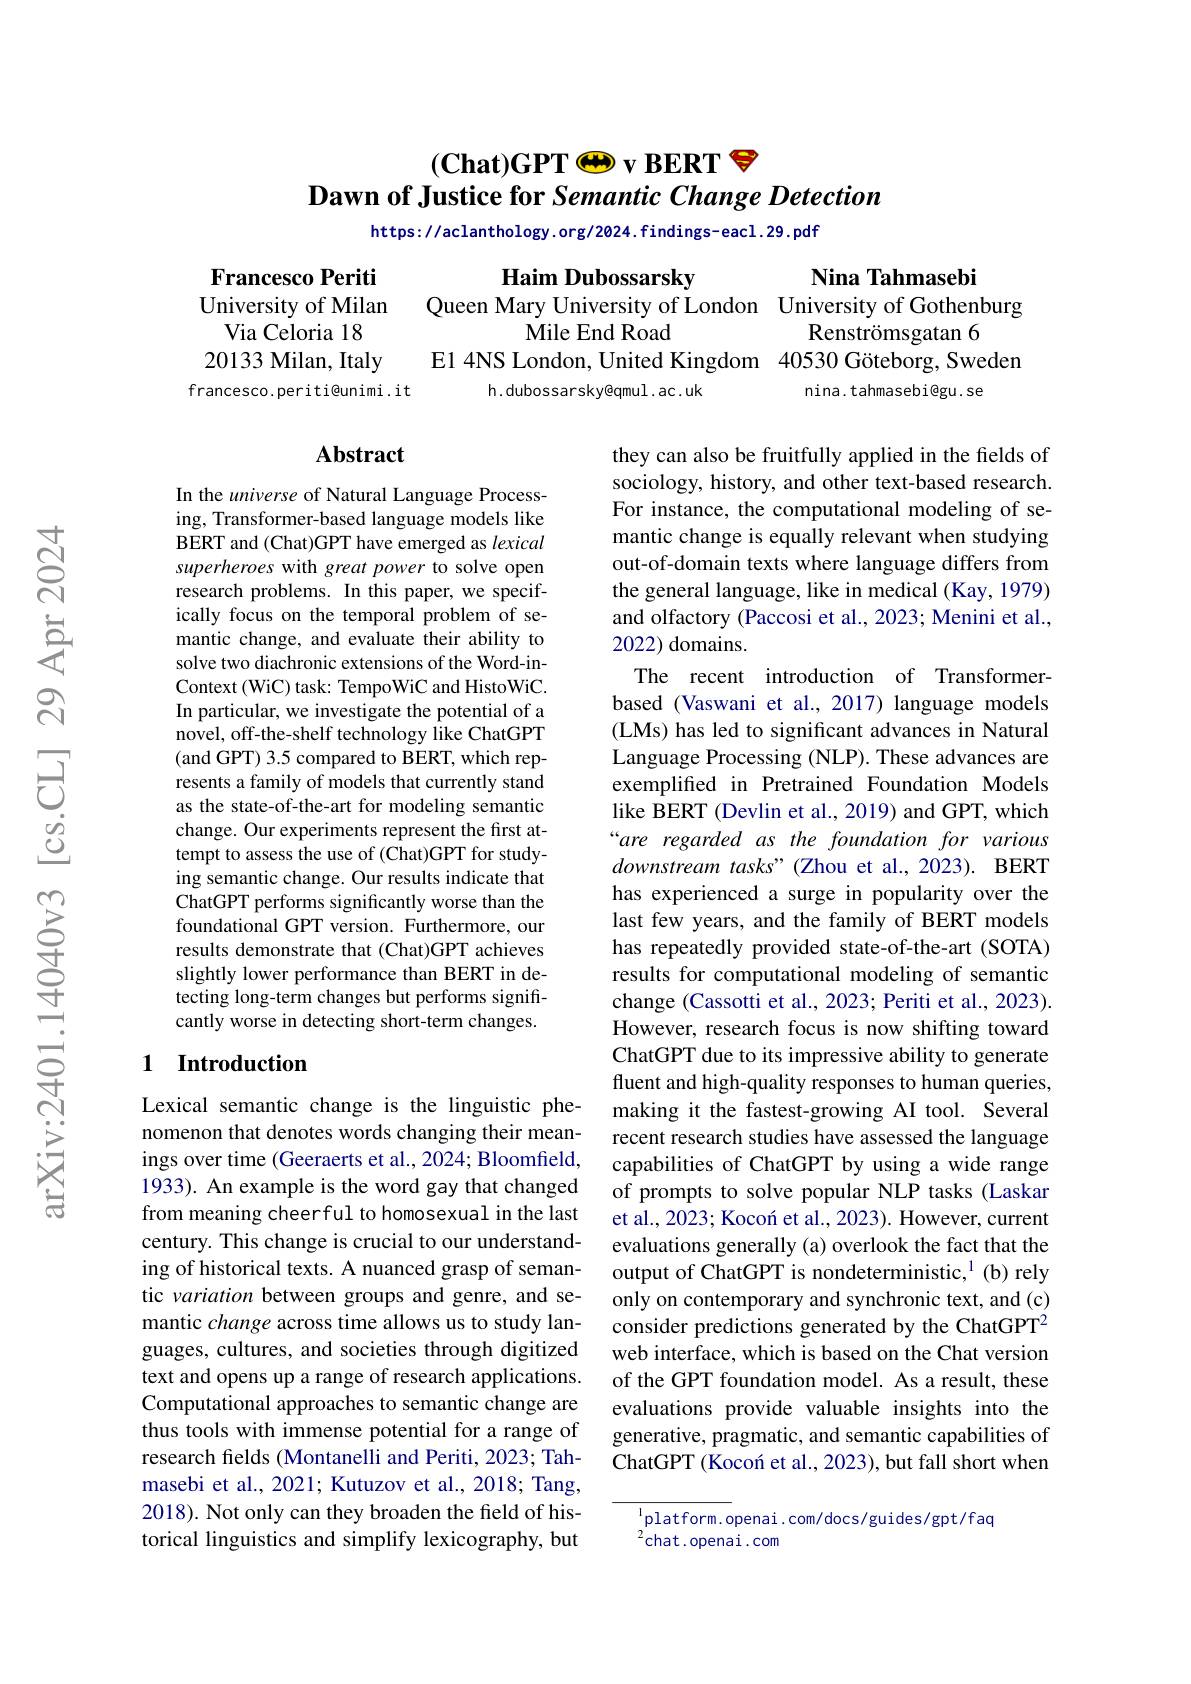
# $( \textbf{Chat) GPT}\textcircled {- }$v BERT $\mathscr{S}$ Dawn of Justice for Semantic Change Detection

https: / aclanthology. org/ 2024. findings- eacl . 29. pdf

Francesco Periti

Nina Tahmasebi
Queen Mary University of London University of Gothenburg

University of Milan

Via Celoria 18

Haim Dubossarsky
Mile End Road
Renströmsgatan 6
E1 4NS London, United Kingdom 40530 Göteborg, Sweden
francesco.periti@unimi.it
h.dubossarsky@qmul.ac.uk
nina.tahmasebi@gu.se

20133 Milan, Italy

## Abstract

In the universe of Natural Language Processing, Transformer-based language models like BERT and (Chat)GPT have emerged as lexical superheroes with great power to solve open research problems. In this paper, we specifically focus on the temporal problem of semantic change, and evaluate their ability to solve two diachronic extensions of the Word-inContext (WiC) task: TempoWiC and HistoWiC. In particular, we investigate the potential of a novel, off-the-shelf technology like ChatGPT (and GPT) 3.5 compared to BERT, which represents a family of models that currently stand as the state-of-the-art for modeling semantic change. Our experiments represent the first attempt to assess the use of (Chat)GPT for studying semantic change. Our results indicate that ChatGPT performs significantly worse than the foundational GPT version. Furthermore, our results demonstrate that (Chat)GPT achieves slightly lower performance than BERT in detecting long-term changes but performs significantly worse in detecting short-term changes.

they can also be fruitfully applied in the fields of sociology, history, and other text-based research. For instance, the computational modeling of semantic change is equally relevant when studying out-of-domain texts where language differs from the general language, like in medical (Kay, 1979) and olfactory (Paccosi et al., 2023; Menini et al., 2022) domains.
The recent introduction of Transformerbased (Vaswani et al., 2017) language models (LMs) has led to significant advances in Natural Language Processing (NLP). These advances are exemplified in Pretrained Foundation Models like BERT (Devlin et al., 2019) and GPT, which “are regarded as the foundation for various downstream tasks"(Zhou et al., 2023). BERT has experienced a surge in popularity over the last few years, and the family of BERT models has repeatedly provided state-of-the-art (SOTA) results for computational modeling of semantic change (Cassotti et al., 2023; Periti et al., 2023). However, research focus is now shifting toward ChatGPT due to its impressive ability to generate fluent and high-quality responses to human queries, making it the fastest-growing AI tool. Several recent research studies have assessed the language capabilities of ChatGPT by using a wide range of prompts to solve popular NLP tasks (Laskar et al., 2023; Kocoń et al., 2023). However, current evaluations generally (a) overlook the fact that the output of ChatGPT is nondeterministic,$^{1}$(b) rely only on contemporary and synchronic text, and (c) consider predictions generated by the ChatGPT$^2$ web interface, which is based on the Chat version of the GPT foundation model. As a result, these evaluations provide valuable insights into the generative, pragmatic, and semantic capabilities of ChatGPT (Kocon et al., 2023), but fall short when

### 1 Introduction

Lexical semantic change is the linguistic phenomenon that denotes words changing their meanings over time (Geeraerts et al., 2024; Bloomfield, 1933). An example is the word gay that changed from meaning cheerful to homosexual in the last century. This change is crucial to our understanding of historical texts. A nuanced grasp of semantic variation between groups and genre, and semantic change across time allows us to study languages, cultures, and societies through digitized text and opens up a range of research applications. Computational approaches to semantic change are thus tools with immense potential for a range of research fields (Montanelli and Periti, 2023; Tahmasebi et al., 2021; Kutuzov et al., 2018; Tang, 2018). Not only can they broaden the field of historical linguistics and simplify lexicography, but

$\overset{1}{\operatorname*{\operatorname*{\operatorname*{platform.openai.com/docs/guides/gpt/faq}}}}$
$^{2}$chat.openai.com